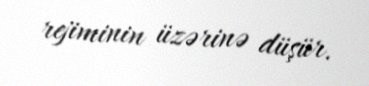
rejiminin üzərinə düşür.